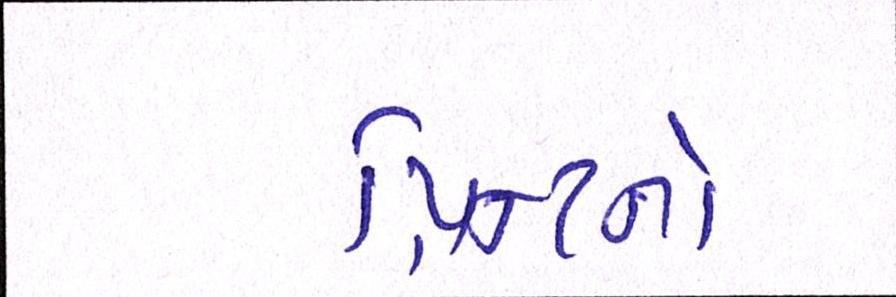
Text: પ્રિન્ટનો